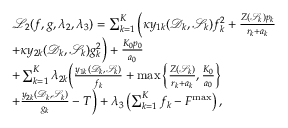
\begin{array} { r } { \begin{array} { r l } & { \mathcal L _ { 2 } ( \boldsymbol f , \boldsymbol g , \boldsymbol \lambda _ { 2 } , \lambda _ { 3 } ) = \sum _ { k = 1 } ^ { K } \Big ( \kappa y _ { 1 k } ( \mathcal D _ { k } , \mathcal S _ { k } ) f _ { k } ^ { 2 } + \frac { Z ( \mathcal S _ { k } ) p _ { k } } { r _ { k } + a _ { k } } } \\ & { + \kappa y _ { 2 k } ( \mathcal D _ { k } , \mathcal S _ { k } ) g _ { k } ^ { 2 } \Big ) + \frac { K _ { 0 } p _ { 0 } } { a _ { 0 } } } \\ & { + \sum _ { k = 1 } ^ { K } \lambda _ { 2 k } \Big ( \frac { y _ { 1 k } ( \mathcal D _ { k } , \mathcal S _ { k } ) } { f _ { k } } + \operatorname* { m a x } \left\{ \frac { Z ( \mathcal S _ { k } ) } { r _ { k } + a _ { k } } , \frac { K _ { 0 } } { a _ { 0 } } \right\} } \\ & { + \frac { y _ { 2 k } ( \mathcal D _ { k } , \mathcal S _ { k } ) } { g _ { k } } - T \Big ) + \lambda _ { 3 } \left( \sum _ { k = 1 } ^ { K } f _ { k } - F ^ { \operatorname* { m a x } } \right) , } \end{array} } \end{array}